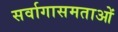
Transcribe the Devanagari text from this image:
सर्वागासमताओं